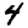
Digit: 4